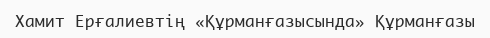
Хамит Ерғалиевтің «Құрманғазысында» Құрманғазы